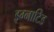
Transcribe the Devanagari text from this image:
इग्नाटिड